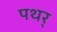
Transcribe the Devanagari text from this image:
पथर्